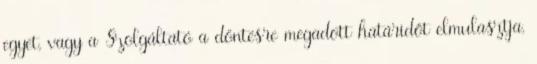
egyet, vagy a Szolgáltató a döntésre megadott határidőt elmulasztja,